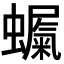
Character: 𮕇